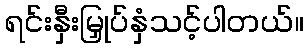
ရင်းနှီးမြှုပ်နှံသင့်ပါတယ်။